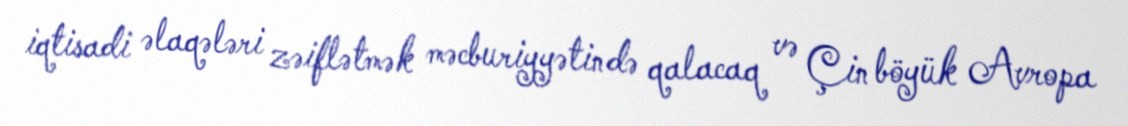
iqtisadi əlaqələri zəiflətmək məcburiyyətində qalacaq və Çin böyük Avropa